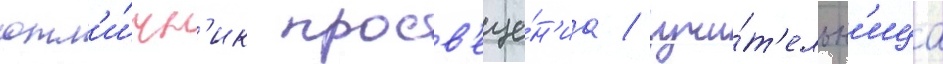
отл'и́чн'ик просв'еще́н'иа / учи́т'ельн'ица